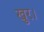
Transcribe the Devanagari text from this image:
खुर।